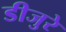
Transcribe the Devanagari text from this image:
डीजुरे